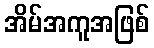
အိမ်အကူအဖြစ်